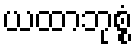
ယထာဘုစ္စံ